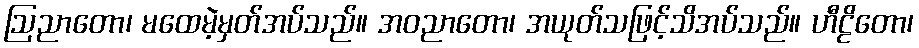
ဩညာတော၊ မထေမဲ့မှတ်အပ်သည်။ အဝညာတော၊ အယုတ်သဖြင့်သိအပ်သည်။ ဟီဠိတော၊